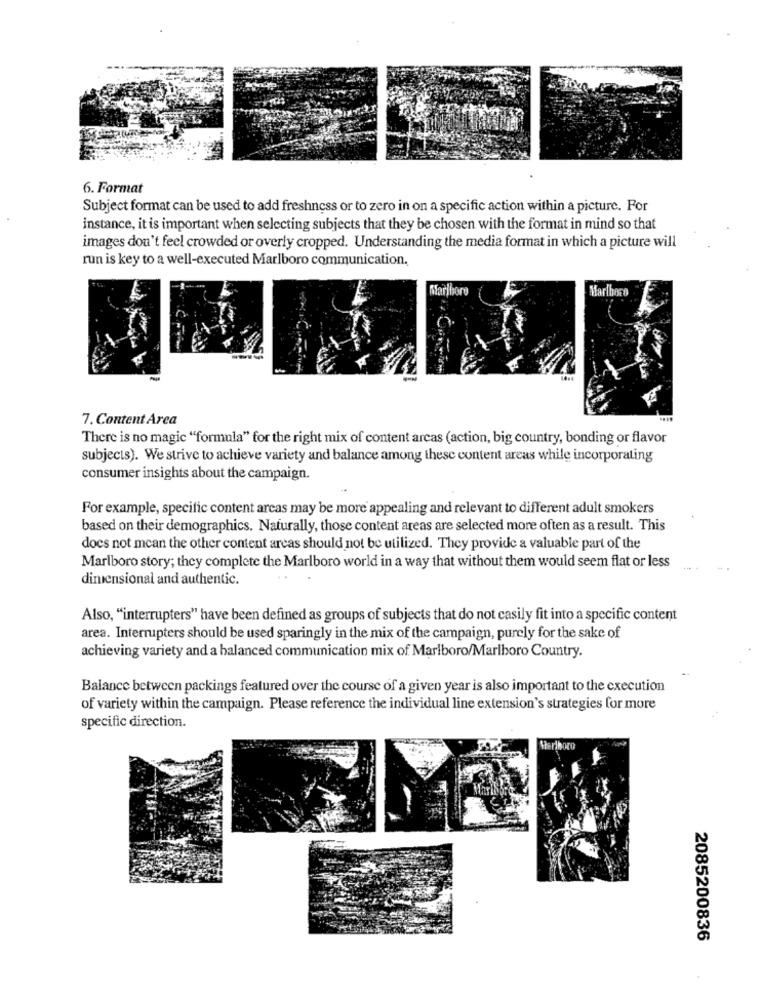
6. Format
Subject format can be used to add freshness or to zero in on a specific action within a picture. For
instance, it is important when selecting subjects that they be chosen with the format in mind so that
images don't feel crowded or overly cropped. Understanding the media format in which a picture will
run is key to a well-executed Marlboro communication.
Marlboro
Marlboro
7. Content Area
There is no magic "formula" for the right mix of content arcas (action, big country, bonding or flavor
subjects). We strive to achieve variety and balance among these content areas while incorporating
consumer insights about the campaign.
For example, specific content arcas may be more appealing and relevant to different adult smokers
based on their demographics. Naturally, those content areas are selected more often as a result. This
does not mean the other content areas should not be utilized. They provide a valuable part of the
Marlboro story; they complete the Marlboro world in a way that without them would seem flat or less
dimensional and authentic.
Also, "interrupters" have been defined as groups of subjects that do not casily fit into a specific content
area. Interrupters should be used sparingly in the mix of the campaign, purely for the sake of
achieving variety and a balanced communication mix of Marlboro/Marlboro Country.
Balance between packings featured over the course of a given year is also important to the execution
of variety within the campaign. Please reference the individual line extension's strategies for more
specific direction.
Herthoro
2085200836